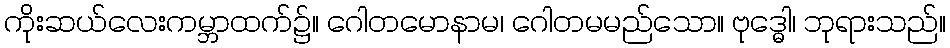
ကိုးဆယ်လေးကမ္ဘာထက်၌။ ဂေါတမောနာမ၊ ဂေါတမမည်သော။ ဗုဒ္ဓေါ၊ ဘုရားသည်။